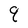
Character: q